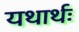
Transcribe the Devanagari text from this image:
यथार्थः